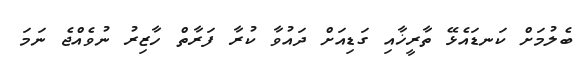
ބެލުމަށް ކަނޑައެޅޭ ތާރީޚާއި ގަޑިއަށް ދައުވާ ކުރާ ފަރާތް ހާޒިރު ނުވެއްޖެ ނަމަ